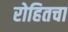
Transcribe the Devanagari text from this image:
रोहितचा